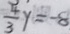
\frac { 4 } { 3 } y = - 8